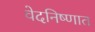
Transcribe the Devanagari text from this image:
वेदनिष्णात